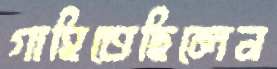
গাহিতেছিলেন